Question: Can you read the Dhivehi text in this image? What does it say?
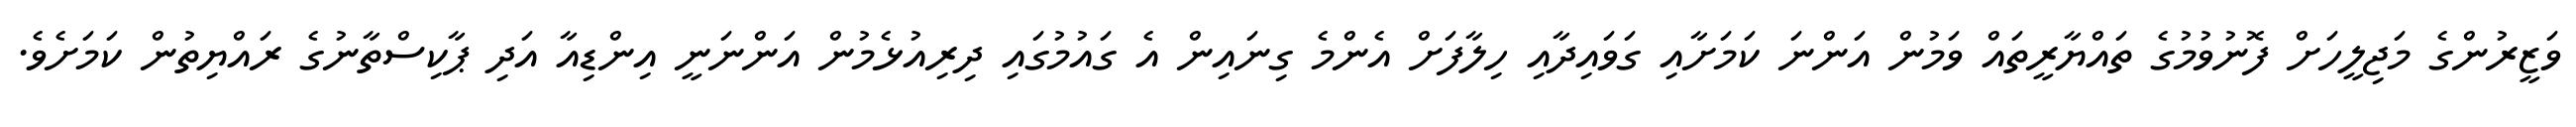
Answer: ވަޒީރުންގެ މަޖިލީހަށް ފޮނުވުމުގެ ތައްޔާރީތައް ވަމުން އަންނަ ކަމަށާއި ގަވައިދާއި ހިލާފަށް އެންމެ ގިނައިން އެ ގައުމުގައި ދިރިއުޅެމުން އަންނަނީ އިންޑިއާ އަދި ޕާކިސްތާނުގެ ރައްޔިތުން ކަމަށެވެ.